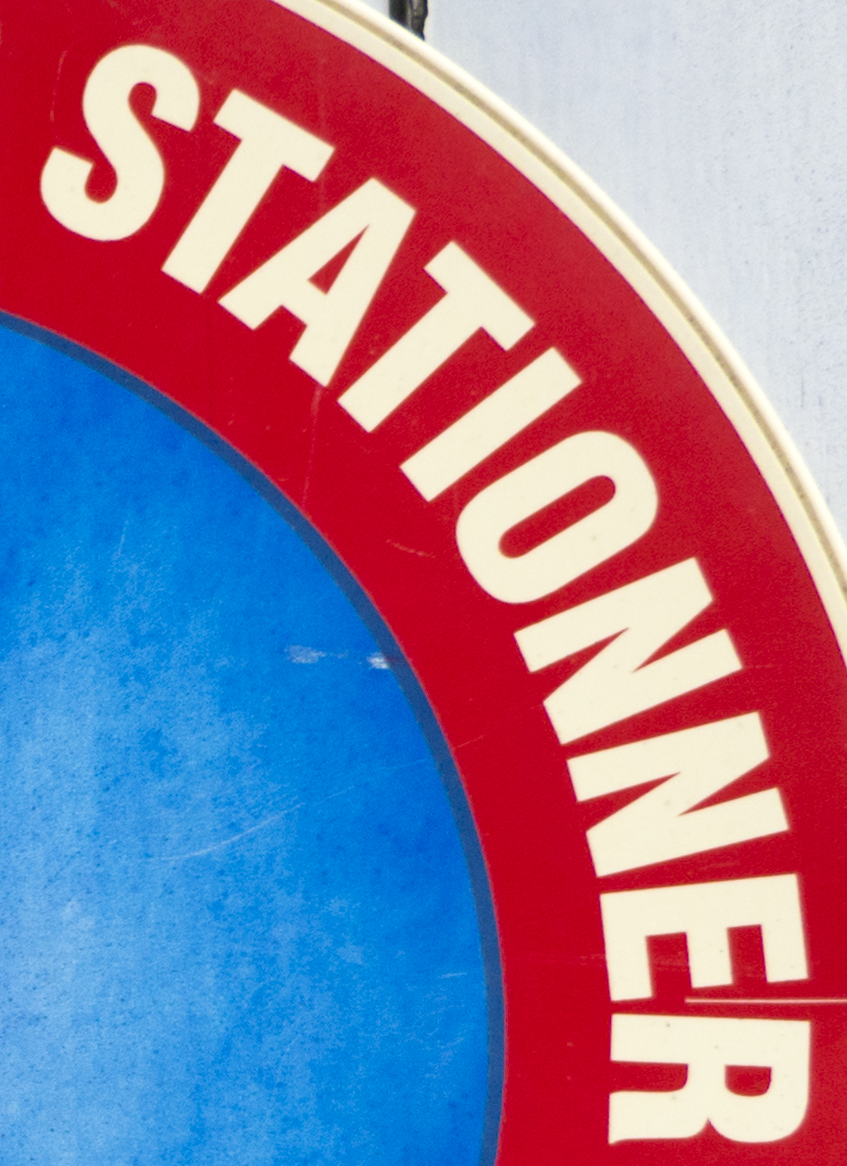
STATIONNER